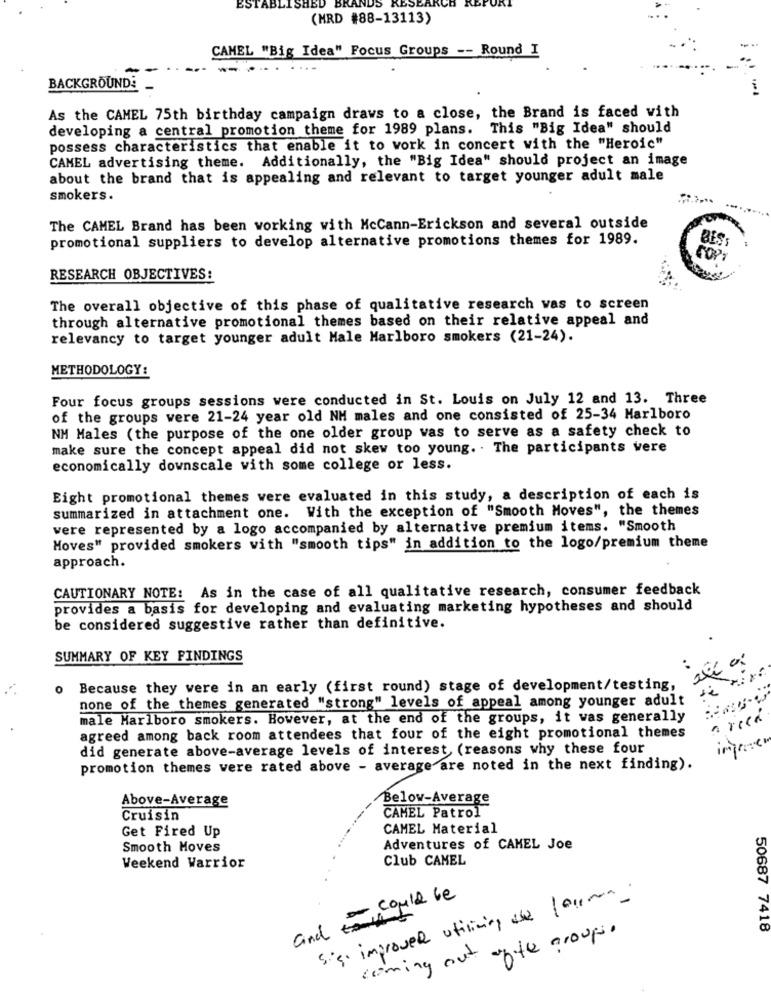
ESTABLISHED BRANDS
(MRD #88-13113)
CAMEL "Big Idea" Focus Groups -- Round I
-----
. ...
BACKGROUND:
As the CAMEL 75th birthday campaign draws to a close, the Brand is faced with
developing a central promotion theme for 1989 plans. This "Big Idea" should
possess characteristics that enable it to work in concert with the "Heroic"
CAMEL advertising theme. Additionally, the "Big Idea" should project an image
about the brand that is appealing and relevant to target younger adult male
smokers.
The CAMEL Brand has been working with McCann-Erickson and several outside
promotional suppliers to develop alternative promotions themes for 1989.
BESS
RESEARCH OBJECTIVES:
The overall objective of this phase of qualitative research vas to screen
through alternative promotional themes based on their relative appeal and
relevancy to target younger adult Male Marlboro smokers (21-24).
METHODOLOGY:
Four focus groups sessions were conducted in St. Louis on July 12 and 13. Three
of the groups were 21-24 year old NH males and one consisted of 25-34 Marlboro
NM Males (the purpose of the one older group vas to serve as a safety check to
make sure the concept appeal did not skew too young. . The participants vere
economically downscale with some college or less.
Eight promotional themes were evaluated in this study, a description of each is
summarized in attachment one. With the exception of "Smooth Moves", the themes
vere represented by a logo accompanied by alternative premium items. "Smooth
Moves" provided smokers with "smooth tips" in addition to the logo/premium theme
approach.
CAUTIONARY NOTE: As in the case of all qualitative research, consumer feedback
provides a basis for developing and evaluating marketing hypotheses and should
be considered suggestive rather than definitive.
SUMMARY OF KEY FINDINGS
Because they were in an early (first round) stage of development/testing,
none of the themes generated "strong" levels of appeal among younger adult
male Marlboro smokers. However, at the end of the groups, it was generally
areca
agreed among back room attendees that four of the eight promotional themes
did generate above-average levels of interest (reasons why these four
imprese
promotion themes vere rated above - average are noted in the next finding).
Above-Average
Below-Average
Cruisin
CAMEL Patrol
CAMEL Material
Get Fired Up
Smooth Moves
Adventures of CAMEL Joe
Club CAMEL
Weekend Warrior
sie. improved utilizing de forma.
could be
and
ofte group.
50687 7418
coming out